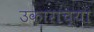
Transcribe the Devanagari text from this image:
उकाराच्या